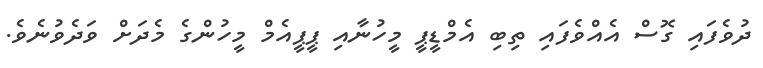
ދުވެފައި ގޮސް އެއްވެފައި ތިބި އެމްޑީޕީ މީހުނާއި ޕީޕީއެމް މީހުންގެ މެދަށް ވަދެވުނެވެ.